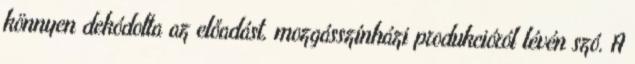
könnyen dekódolta az előadást, mozgásszínházi produkcióról lévén szó. A